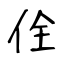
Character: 佺